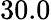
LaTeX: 30.0